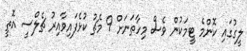
ލީގުގައި ކޮންމެ ޓީމަކުން ވެސް މިހާތަނަށް 9 މެޗު ކުޅެފައިވާއިރު ޗެލްސީ އޮތީ